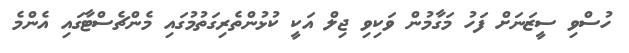
ހުސްވި ސީޒަނަށް ފަހު މަގާމުން ވަކިވި ޖިލް އަކީ ކުޅުންތެރިގަތުމުގައި މެންޗެސްޓާގައި އެންމެ